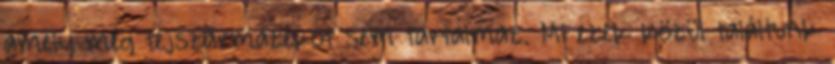
amely még tejszármazékot sem tartalmaz. Mi ezek közül találtunk